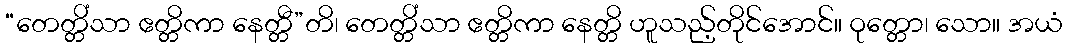
“တေတ္တိံသာ ဧတ္တိကာ နေတ္တီ”တိ၊ တေတ္တိံသာ ဧတ္တိကာ နေတ္တိ ဟူသည့်တိုင်အောင်။ ဝုတ္တော၊ သော။ အယံ